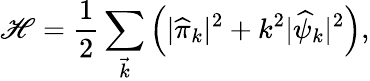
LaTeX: {\cal\mathscr{H}}=\frac{{1}}{{2}}\sum_{\vec{{k}}}\left(|{\widehat{\pi}}_{k}|^{2}+k^{2}|{\widehat{\psi}}_{k}|^{2}\right),